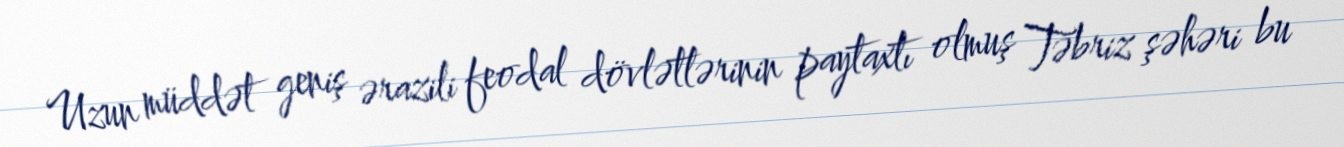
Uzun müddət geniş ərazili feodal dövlətlərinin paytaxtı olmuş Təbriz şəhəri bu